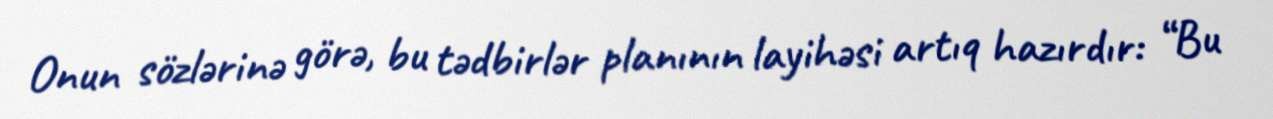
Onun sözlərinə görə, bu tədbirlər planının layihəsi artıq hazırdır: “Bu